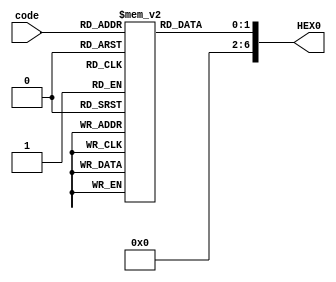


module display(code, HEX0);
	input [1:0] code;
	output [6:0] HEX0;
	
	reg [1:0] TC4Mag [0:2];
	initial
	begin
	TC4Mag[0] = 7'b0010000; // green
	TC4Mag[1] = 7'b0010001; // yellow
	TC4Mag[2] = 7'b0101111; // red
	
	end
	
	assign HEX0 = TC4Mag[code];

endmodule